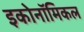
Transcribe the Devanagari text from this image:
इकोनॉमिकल